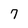
Character: 7